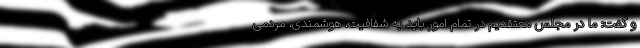
و گفت: ما در مجلس معتقدیم در تمام امور باید به شفافیت، هوشمندی، مردمی